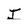
Character: j